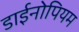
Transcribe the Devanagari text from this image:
डाईनोपियम